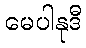
မေပါနုဒီ